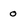
Character: o